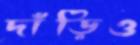
দাঁড়িও